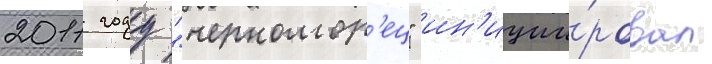
2011 году "черномор'ец" ин'иции́ровал